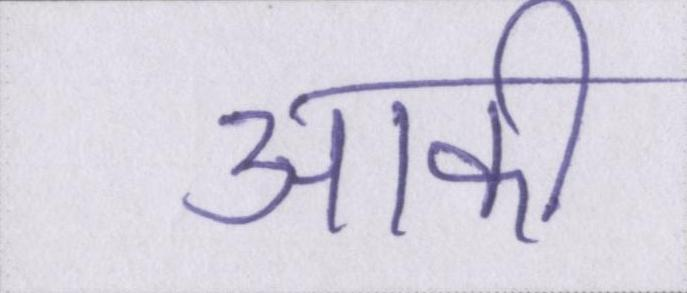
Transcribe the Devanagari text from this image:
आकी